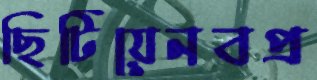
ছিটিয়েনবপ্র